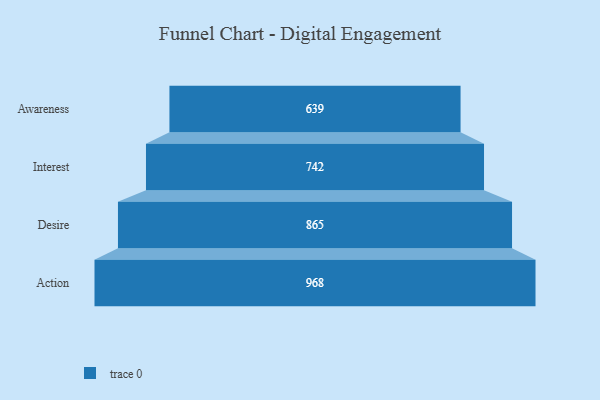
{"axis": {"x": "Stage", "y": "Value"}, "legend": [""], "data": [{"x": "Awareness", "y": 639.0, "type": ""}, {"x": "Interest", "y": 742.0, "type": ""}, {"x": "Desire", "y": 865.0, "type": ""}, {"x": "Action", "y": 968.0, "type": ""}]}